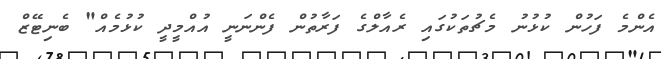
އެންމެ ފަހުން ކުޅުނު މެޗުތަކުގައި ރެއާލްގެ ފަރާތުން ފެންނަނީ އުއްމީދީ ކުޅުމެއް" ބެނިޓޭޒް